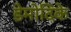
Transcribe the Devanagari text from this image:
डेमोदिके